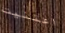
اعتنيت